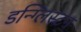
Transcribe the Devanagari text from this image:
डन्ग्लिस्टन